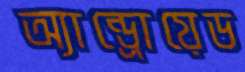
অ্যান্ড্রোয়েড